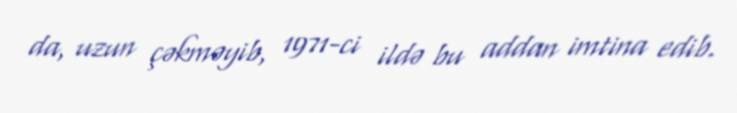
da, uzun çəkməyib, 1971-ci ildə bu addan imtina edib.